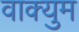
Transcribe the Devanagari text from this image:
वाक्युम